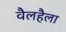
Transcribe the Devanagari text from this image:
वैलहैला